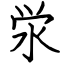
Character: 泶